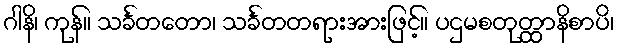
ဂါနိ၊ ကုန်။ သင်္ခတတော၊ သင်္ခတတရားအားဖြင့်။ ပဌမစတုတ္ထာနိစာပိ၊